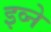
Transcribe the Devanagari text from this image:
इव्ने